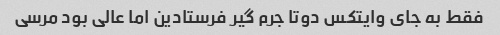
فقط به جای وایتکس دوتا جرم گیر فرستادین اما عالی بود مرسی